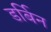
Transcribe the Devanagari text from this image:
डर्बिन